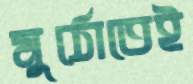
মুঠোতেই